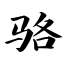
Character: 骆